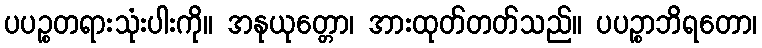
ပပဉ္စတရားသုံးပါးကို။ အနုယုတ္တော၊ အားထုတ်တတ်သည်။ ပပဉ္စာဘိရတော၊